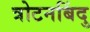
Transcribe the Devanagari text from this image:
त्रोटनबिंदु